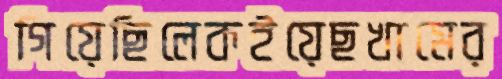
গিয়েছিলেকইয়েছখামের